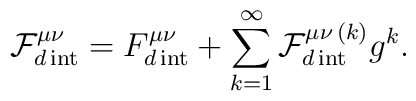
\mathcal{F}_{d\,\mathrm{int}}^{\mu \nu }=F_{d\,\mathrm{int}}^{\mu \nu}+\sum_{k=1}^{\infty }\mathcal{F}_{d\,\mathrm{int}}^{\mu \nu \,(k)}g^{k}.